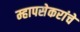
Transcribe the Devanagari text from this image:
म्हापसेकरांचे